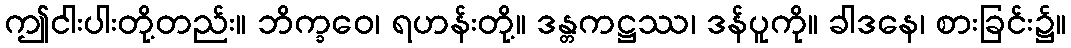
ဤငါးပါးတို့တည်း။ ဘိက္ခဝေ၊ ရဟန်းတို့။ ဒန္တကဋ္ဌဿ၊ ဒန်ပူကို။ ခါဒနေ၊ စားခြင်း၌။